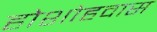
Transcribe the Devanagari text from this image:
होशोहवास